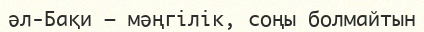
әл-Бақи – мәңгілік, соңы болмайтын